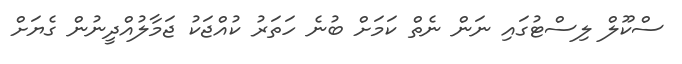
ސްކޫލް ލިސްޓުގައި ނަން ނެތް ކަމަށް ބުނެ ހަތަރު ކުއްޖަކު ޖަމާލުއްދީނުން ގެޔަށް